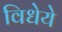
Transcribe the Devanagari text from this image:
विधेये